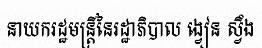
នាយករដ្ឋមន្ត្រីនៃរដ្ឋាភិបាល ង្វៀន ស្វឹង